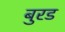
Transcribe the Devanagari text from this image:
बुरड